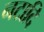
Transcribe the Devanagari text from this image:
नटादि